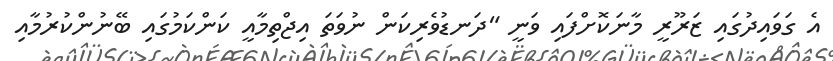
އެ ގަވައިދުގައި ޒަރޫރީ މާނަކޮށްފައި ވަނީ "ދަނޑުވެރިކަން ނުވަތަ އިޖްތިމާއީ ކަންކަމުގައި ބޭނުންކުރުމާއި